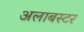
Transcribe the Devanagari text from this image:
अलाबस्टर